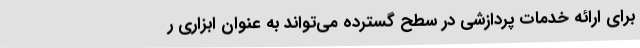
برای ارائه خدمات پردازشی در سطح گسترده می‌تواند به عنوان ابزاری ر